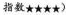
指数★★★★)